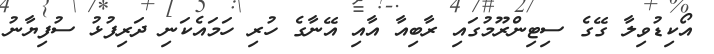
އޯކިޑުވިލާ ގޭގެ ސިޓިންރޫމުގައި ރާބިއާ އާއި އޭނާގެ ހުރި ހަމައެކަނި ދަރިފުޅު ސުފިޔާނު